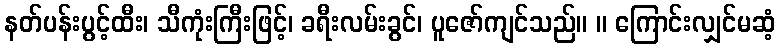
နတ်ပန်းပွင့်ထီး၊ သီကုံးကြီးဖြင့်၊ ခရီးလမ်းခွင်၊ ပူဇော်ကျင်သည်။ ။ ကြောင်းလျှင်မဆံ့